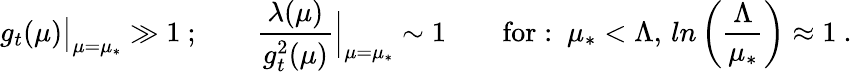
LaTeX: g_{t}(\mu){\big|}_{\mu=\mu_{\ast}}\gg 1\ ;\qquad\frac{\lambda(\mu)}{g_{t}^{2}(\mu)}{\Big|}_{\mu=\mu_{\ast}}\sim 1\qquad\mathrm{for:~}{\mu}_{\ast}<{\Lambda},\, ln\left(\frac{{\Lambda}}{{\mu}_{\ast}}\right)\approx 1\ .